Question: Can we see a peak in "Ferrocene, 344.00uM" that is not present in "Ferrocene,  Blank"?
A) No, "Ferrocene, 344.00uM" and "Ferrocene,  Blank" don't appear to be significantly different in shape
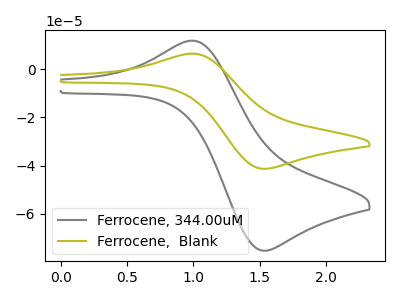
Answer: <think>The gray curve "Ferrocene, 344.00uM" has an anodic peak at (1.00V, 11.85uA) and a cathodic peak at (1.55V, -75.45uA). The olive curve "Ferrocene,  Blank" has an anodic peak at (1.00V, 6.50uA) and a cathodic peak at (1.55V, -41.40uA).
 All the peaks in "Ferrocene, 344.00uM" have a peak in "Ferrocene,  Blank" at the same potential. Every peak in "Ferrocene, 344.00uM" is higher than every peak in "Ferrocene,  Blank".</think>
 <answer>A) No, "Ferrocene, 344.00uM" and "Ferrocene,  Blank" don't appear to be significantly different in shape</answer>
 <eval>A</eval>